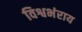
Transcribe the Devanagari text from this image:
विश्वभंराय